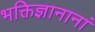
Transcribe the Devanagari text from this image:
भक्तिज्ञानानां